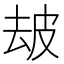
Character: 𤿜